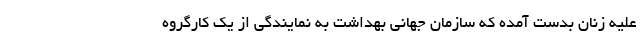
علیه زنان بدست آمده که سازمان جهانی بهداشت به نمایندگی از یک کارگروه